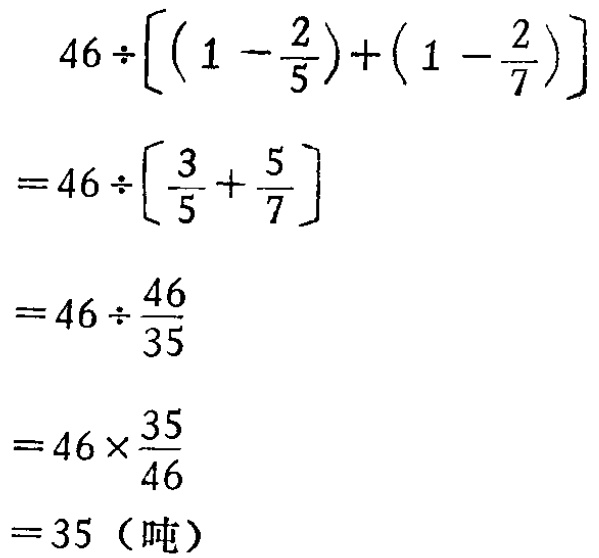
\[

\begin{align*}

&46\div\left[\left(1 - \frac{2}{5}\right)+\left(1 - \frac{2}{7}\right)\right]\\

=&46\div\left[\frac{3}{5}+\frac{5}{7}\right]\\

=&46\div\frac{46}{35}\\

=&46\times\frac{35}{46}\\

=&35 \text{（吨）}

\end{align*}

\]